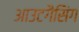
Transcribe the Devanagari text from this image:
आउटगैसिंग